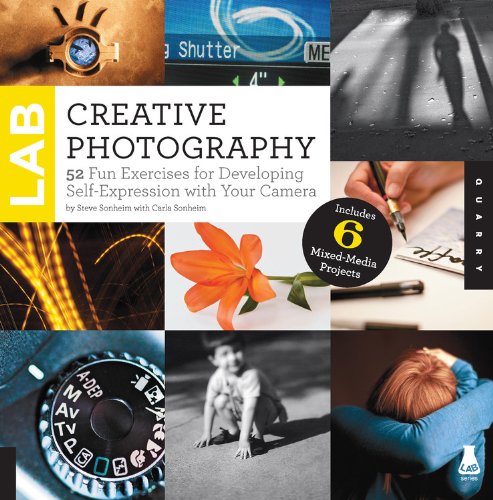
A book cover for Creative Photography Lab: 52 Fun Exercises for Developing Self-Expression with your Camera.  Includes 6 Mixed-Media Projects (Lab Series); Steve Sonheim; Arts & Photography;